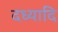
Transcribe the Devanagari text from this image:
दध्यादि